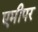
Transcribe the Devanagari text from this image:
एमीपर